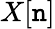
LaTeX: X[\mathtt{n}]